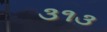
૩૧૩